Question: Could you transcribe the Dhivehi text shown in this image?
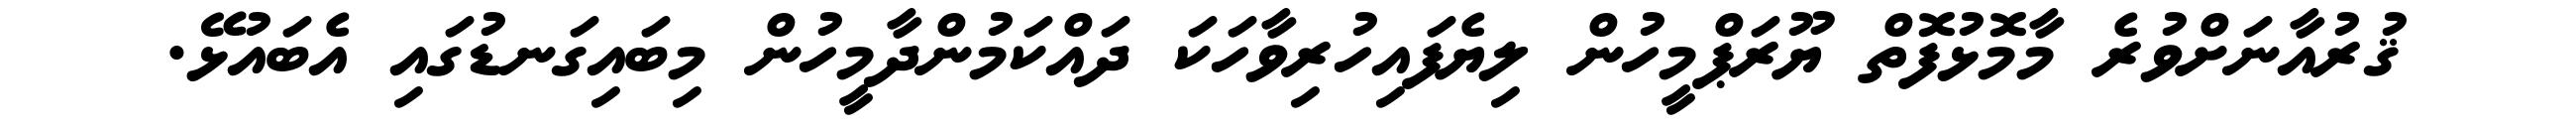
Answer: ޤުރުއާނަށްވުރެ މާމޮޅުފޮތް ޔޫރަޕްމީހުން ލިޔެފައިހުރިވާހަކަ ދައްކަމުންދާމީހުން މިބައިގަނޑުގައި އެބައުޅޭ.